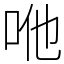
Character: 咃